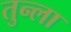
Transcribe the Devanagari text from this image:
तुन्ला